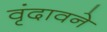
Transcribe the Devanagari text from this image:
वृंदावने